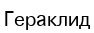
Гераклид